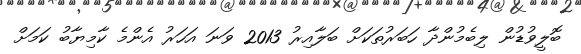
ބޮލީވުޑުން ލިބެމުންދާ ހަބަރުތަކަށް ބަލާއިރު 2013 ވަނަ އަހަރު އެންމެ ކާމިޔާބު ކަމަށް